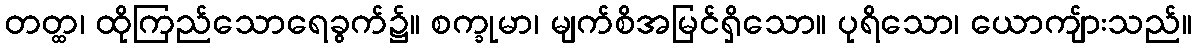
တတ္ထ၊ ထိုကြည်သောရေခွက်၌။ စက္ခုမာ၊ မျက်စိအမြင်ရှိသော။ ပုရိသော၊ ယောကျ်ားသည်။